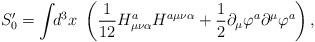
LaTeX: \begin{align*}S_0^{\prime }=\int \!\!d^3x~\left( \frac 1{12}H_{\mu \nu \alpha}^aH^{a\mu \nu \alpha }+\frac 12\partial _\mu \varphi ^a\partial^\mu \varphi ^a\right) , \end{align*}